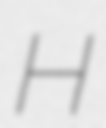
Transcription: H